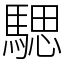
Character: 騦